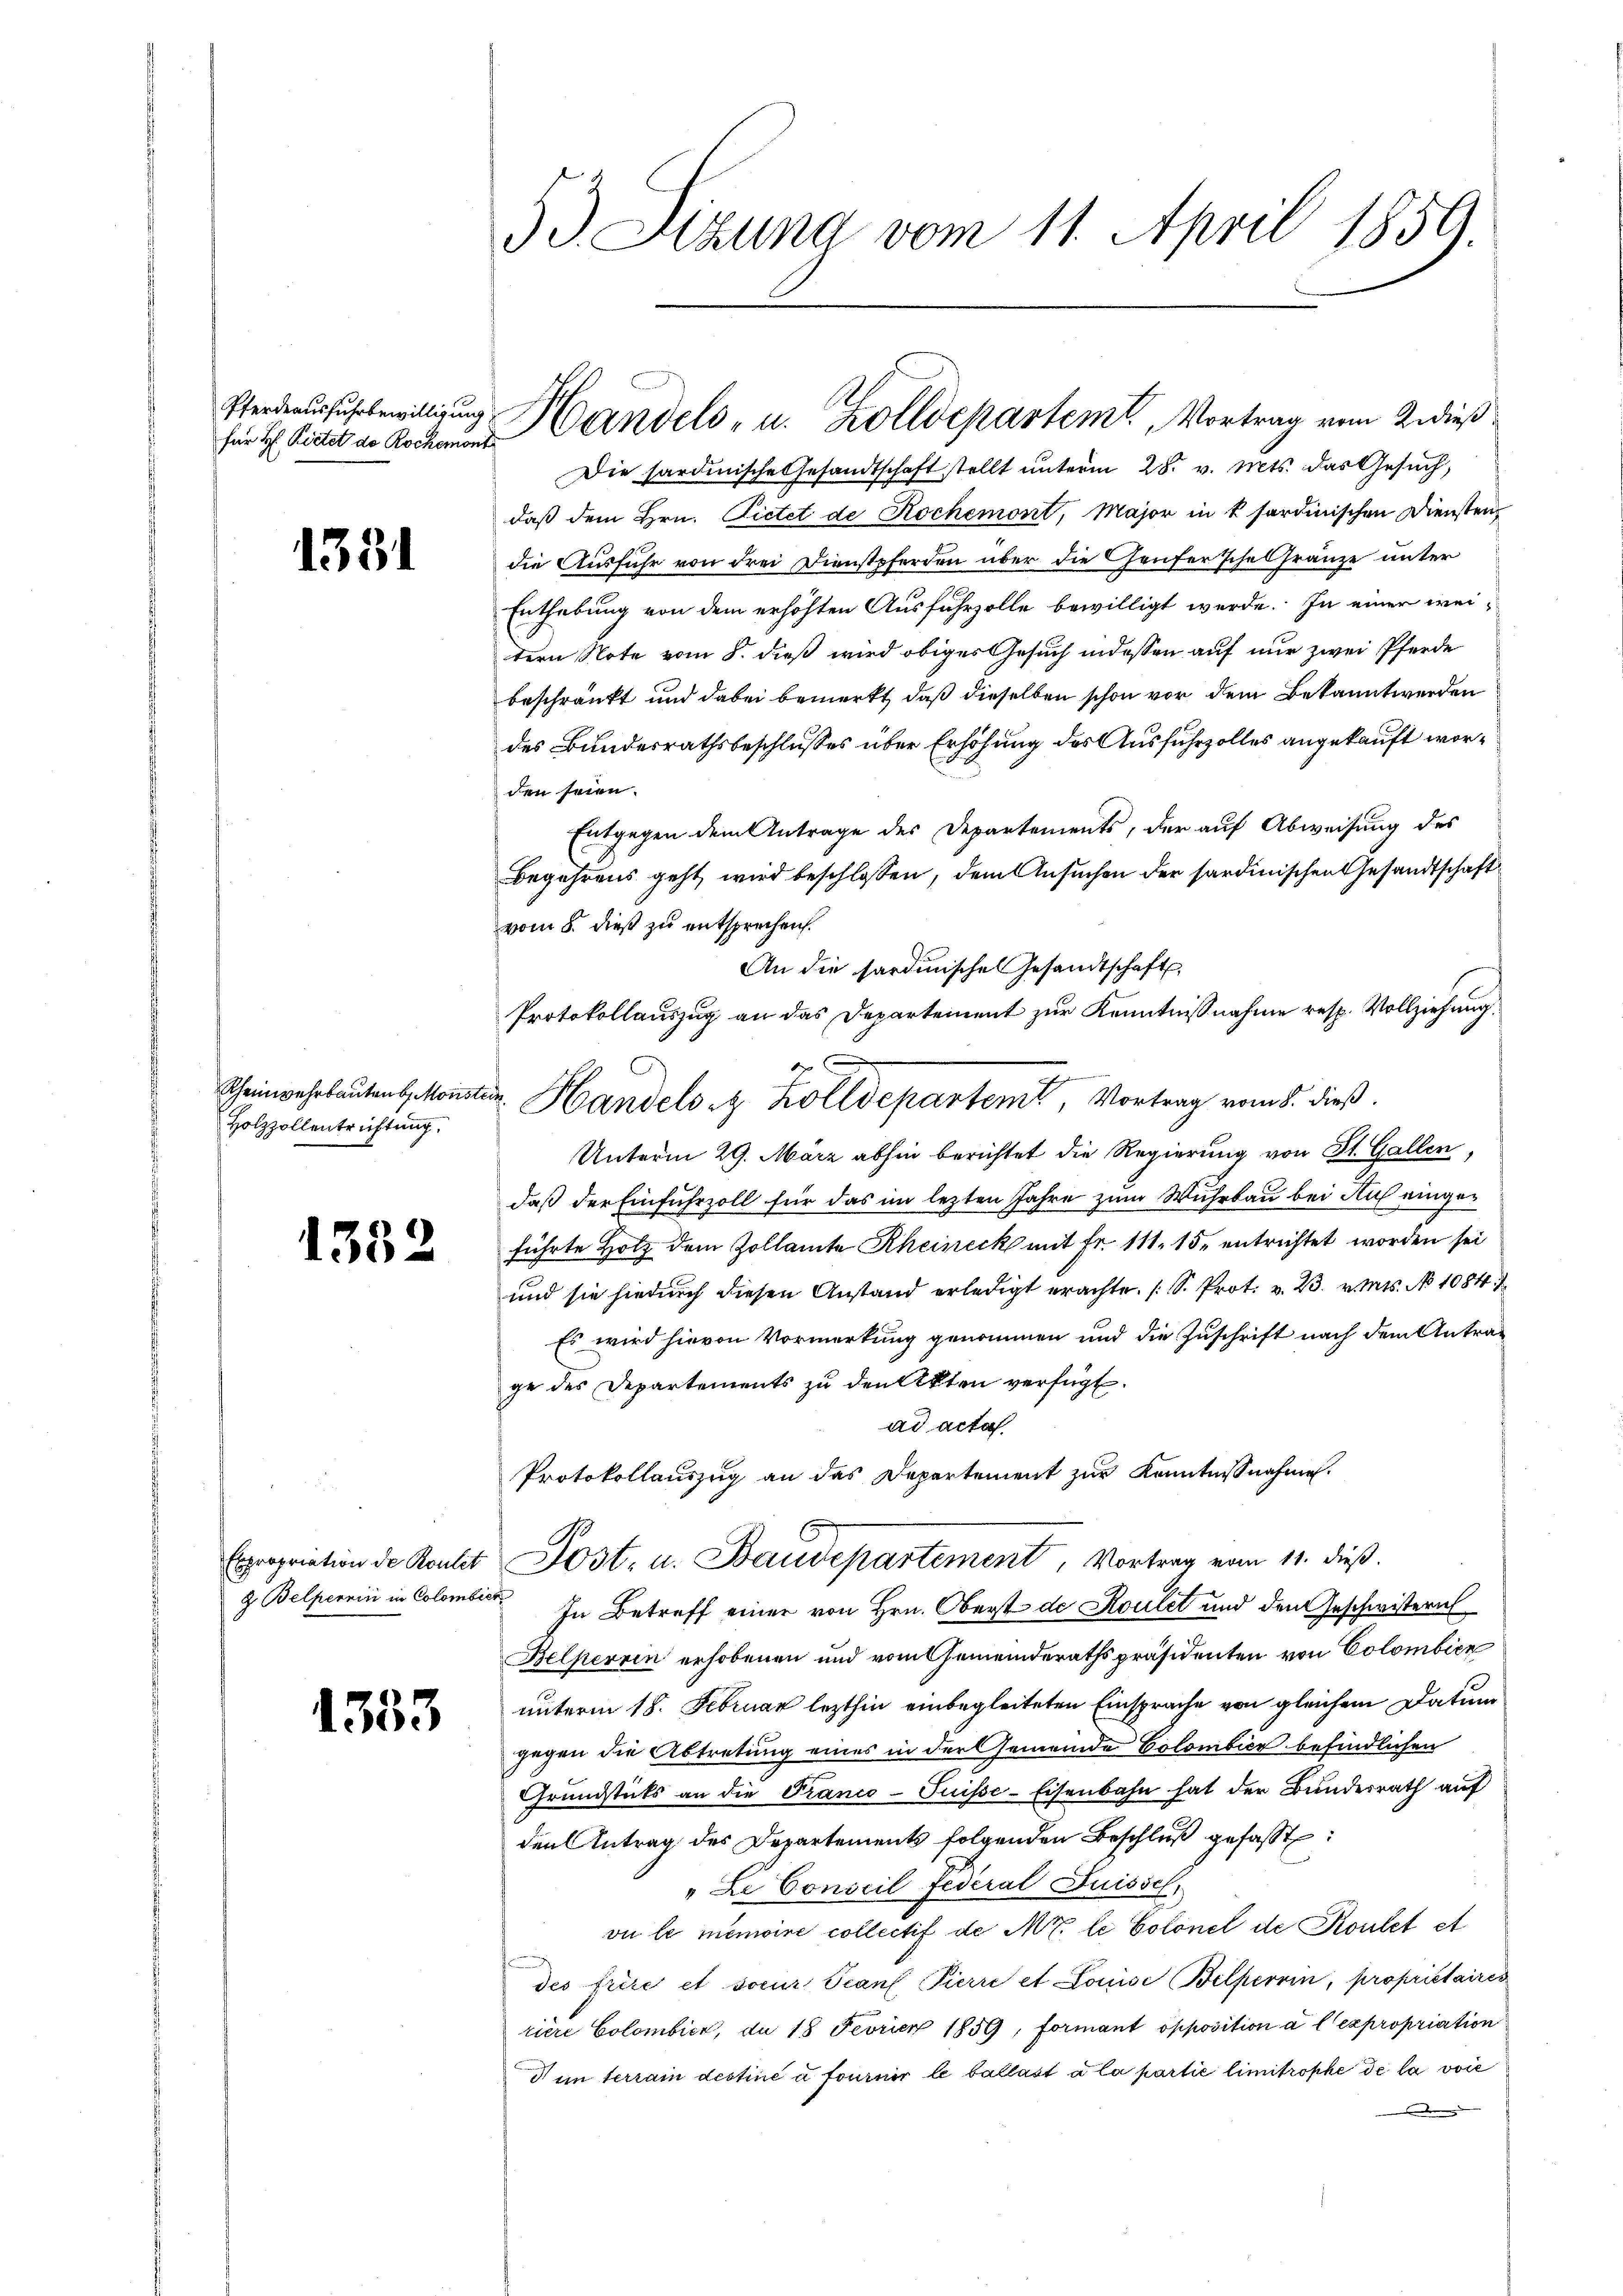
für H. Rietet de Rochemont

1331

Rheinwehrbauten Monst
Holzzollentrichtung.

1382

1333

3 J. Sitzung vom 11. April 1859.

Pferden fuhrbewilligung Handels- u. Zolldepartem Vortrag vom 2 dieß

Die sardinische Gesandtschaft stellt unterm 28. v. Mts. das Gesuch,
daß dem Hrn. Pietet de Rochemont, Major in k sardinischen Diensten-
die Ausfuhr von drei Dienstpferden über die heufersche Gränze unter
Enthebung von dem erhöhten Ausfuhrzolle bewilligt werde. In einer weitern Note vom 8. dieß wird obiges Gesuch indessen auf nur zwei Pferde
beschränkt und dabei bemerkt, daß dieselben schon vor dem Bekannt werden
des Bundesrathsbeschlusses über Erhöhung des Ausfuhrzolles angekauft worden seien.
Entgegen dem Antrage des Departements, der auf Abweisung des
Begehrens geht wird beschlossen, dem Ansuchen der sardinischen Gesandtschaft
vom 5. dieß zu entsprechen.
An die sardinischen Gesandtschaft
Protokollauszug an das Departement zur Kenntnißnahme resp. Vollziehung
Unterm 29. März abhin berichtet die Regierung von St. Gallen,
daß der Einfuhrzoll für das im lezten Jahre zum Wuhrbau bei Auf eingeführte Holz dem Zollamte Rheineck mit Fr. 111. 15, entrichtet worden sei
und sie hiedurch diesen Anstand erledigt erachte. (S. Prot. v. 23. v. Mts. No 1084.
Es wird hievon Vormerkung genommen und die Zuschrift nach dem Antrage des Departements zu den Akten verfügt:
ad acta.
Protokollauszug an das Departement zur Kenntnißnahme.
Expropriation de Routet Jost, u. Baudepartement, Vortrag vom 11. dieß.
g Belperin in Colombiet. In Betreff einer von Hrn. Oberst de Roulet und den Geschwistern
Belperren erhobenen und vom Gemeinderathspräsidenten von Colombien
unterm 18. Februar lezthin einbegleiteten Einsprache von gleichem Datum
gegen die Abtretung eines in der Gemeinde Colombier befindlichen
Grundstücks an die Franco-Puisse-Eisenbahn hat der Bundesrath auf
den Antrag des Departements folgenden Beschlŭβ gefasst:
"Le Conseil Federal Suissch
vu le memoire collectif de Nr. le Colonel de Routet et
des frère et soeur Scans Pierre et Louise Belperin, propriétaires
riere Colombicz, da 18 Fevrien 1859, formant opposition à l’expropriation
Nun terrain destiné à fournir le ballast a la partie limitrophe de la voie
de

C
zr. Handelst Kolldepartemt, Vortrag vom 8. dieß.